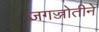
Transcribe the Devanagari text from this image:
जगज्जोतीने